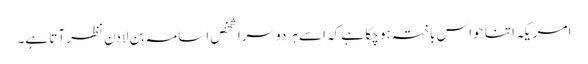
امریکہ اتنا حواس باختہ ہو چکا ہے کہ اسے ہر دوسرا شخص اسامہ بن لادن نظر آتا ہے۔